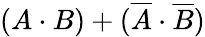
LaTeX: (A\cdot B)+({\overline{{A}}}\cdot{\overline{{B}}})